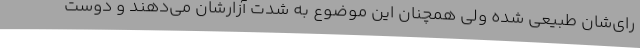
رای‌شان طبیعی شده ولی همچنان این موضوع به شدت آزارشان می‌دهند و دوست